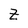
Character: Z